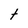
Character: t